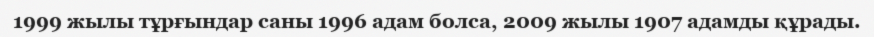
1999 жылы тұрғындар саны 1996 адам болса, 2009 жылы 1907 адамды құрады.